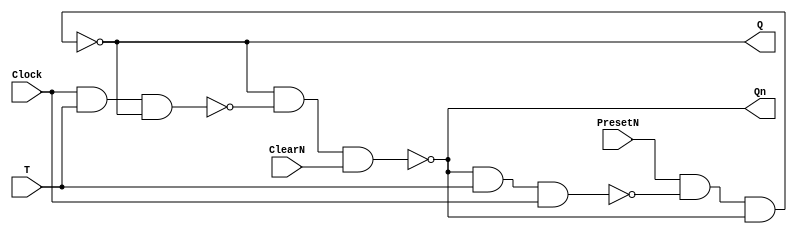
// Copyright (C) 2023  Intel Corporation. All rights reserved.
// Your use of Intel Corporation's design tools, logic functions 
// and other software and tools, and any partner logic 
// functions, and any output files from any of the foregoing 
// (including device programming or simulation files), and any 
// associated documentation or information are expressly subject 
// to the terms and conditions of the Intel Program License 
// Subscription Agreement, the Intel Quartus Prime License Agreement,
// the Intel FPGA IP License Agreement, or other applicable license
// agreement, including, without limitation, that your use is for
// the sole purpose of programming logic devices manufactured by
// Intel and sold by Intel or its authorized distributors.  Please
// refer to the applicable agreement for further details, at
// https://fpgasoftware.intel.com/eula.

// PROGRAM		"Quartus Prime"
// VERSION		"Version 22.1std.1 Build 917 02/14/2023 SC Standard Edition"
// CREATED		"Sat Apr 20 01:52:04 2024"
`ifndef TFlipFlop
  `define TFlipFlop

module TFlipFlop(
	Clock,
	T,
	ClearN,
	PresetN,
	Q,
	Qn
);


input wire	Clock;
input wire	T;
input wire	ClearN;
input wire	PresetN;
output wire	Q;
output wire	Qn;

wire	SYNTHESIZED_WIRE_6;
wire	SYNTHESIZED_WIRE_7;
wire	SYNTHESIZED_WIRE_3;
wire	SYNTHESIZED_WIRE_4;

assign	Q = SYNTHESIZED_WIRE_7;
assign	Qn = SYNTHESIZED_WIRE_6;



assign	SYNTHESIZED_WIRE_4 = ~(SYNTHESIZED_WIRE_6 & T & Clock);

assign	SYNTHESIZED_WIRE_3 = ~(Clock & T & SYNTHESIZED_WIRE_7);

assign	SYNTHESIZED_WIRE_6 = ~(SYNTHESIZED_WIRE_7 & SYNTHESIZED_WIRE_3 & ClearN);

assign	SYNTHESIZED_WIRE_7 = ~(PresetN & SYNTHESIZED_WIRE_4 & SYNTHESIZED_WIRE_6);


endmodule

`endif